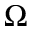
\Omega